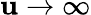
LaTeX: \mathbf{u}\to\infty